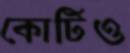
কোটিও